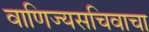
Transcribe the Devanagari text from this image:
वाणिज्यसचिवाचा